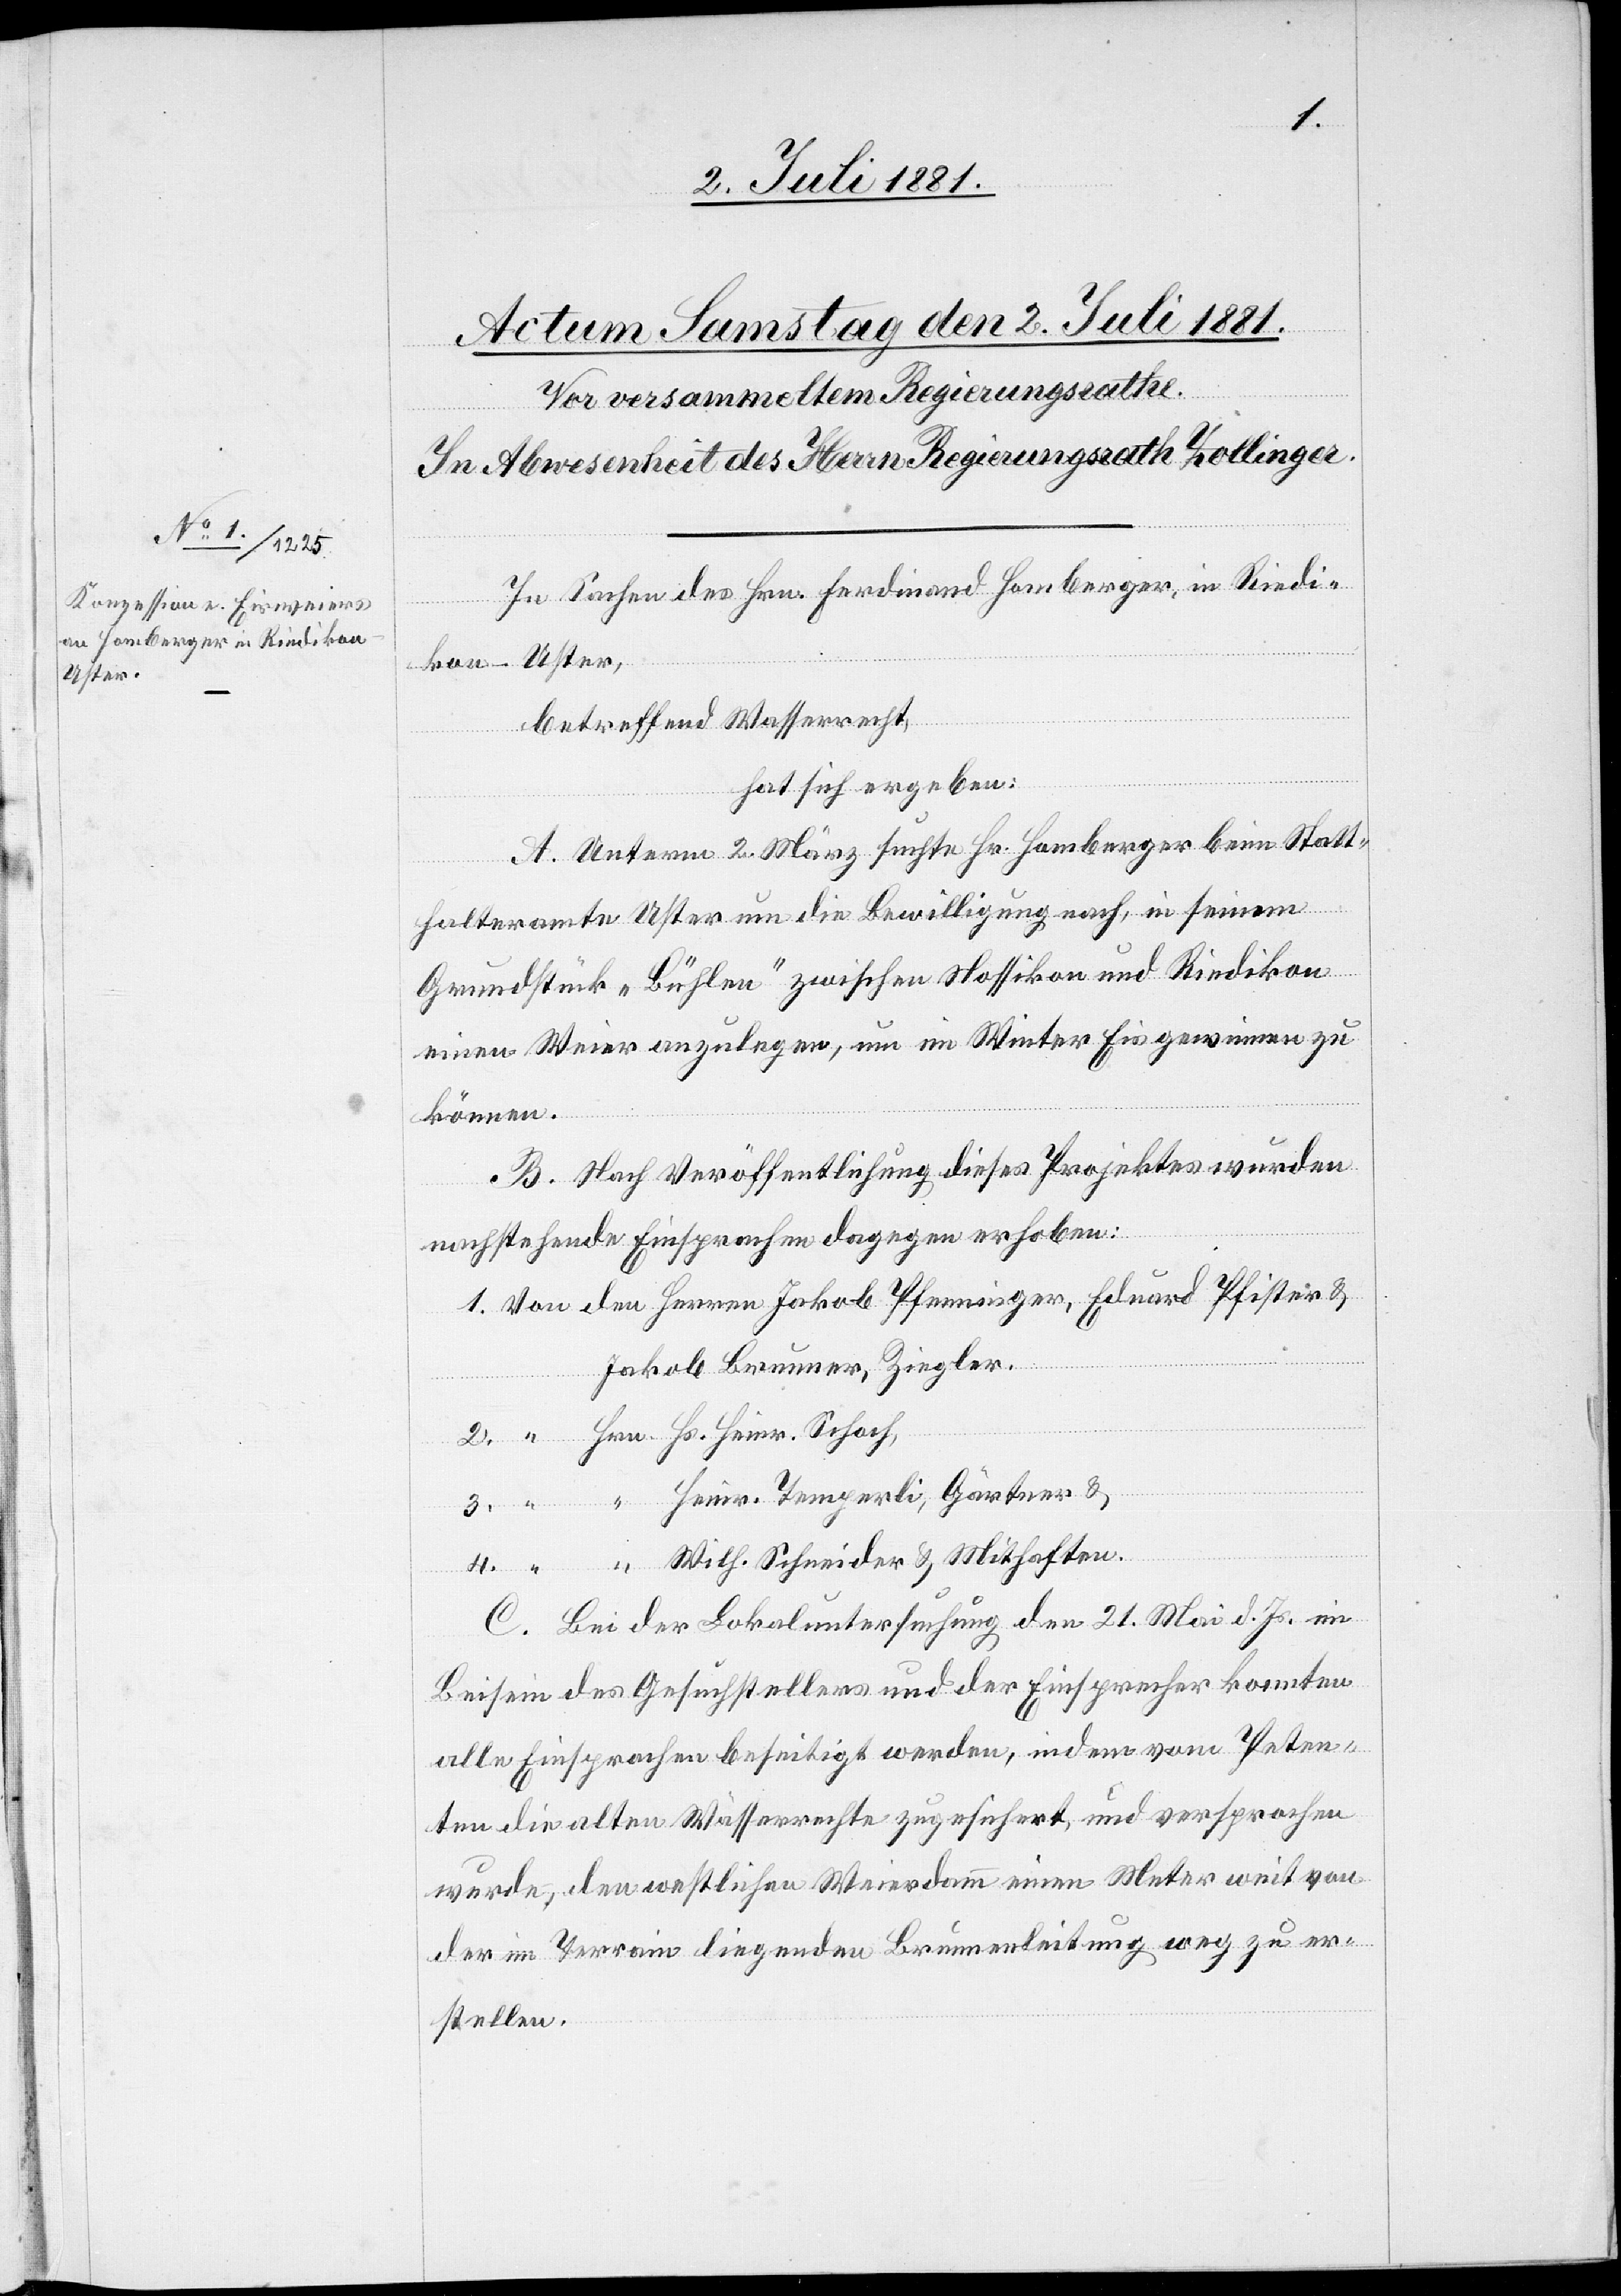
Hs.
Schneider
In Sachen des Hrn. Ferdinand Homberger, in Riedi¬
kon - Uster,
3.
betreffend Wasserrecht,
hat sich ergeben:
A. Unterm 2. März suchte Hr. Homberger beim Statt¬
halteramte Uster um die Bewilligung nach, in seinem
Grundstück „Bühlen“ zwischen Nossikon und Riedikon
einen Weier anzulegen, um im Winter Eis gewinnen zu
können.
B. Nach Veröffentlichung dieses Projektes wurden
nachstehende Einsprachen dagegen erhoben:
Jakob Brunner, Ziegler.
C. Bei der Lokaluntersuchung den 21 Mai d. Js. im
Beisein des Gesuchstellers und der Einsprecher konnten
4.
alle Einsprachen beseitigt werden, indem vom Peten¬
ten die alten Wasserrechte zugesichert und versprochen
wurde, den westlichen Weierdamm einen Meter weit von
der im Terrain liegenden Brunnenleitung weg zu er¬
stellen.